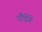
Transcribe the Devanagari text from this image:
दौड़ेंगे